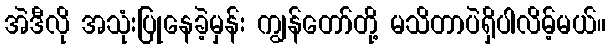
အဲဒီလို အသုံးပြုနေခဲ့မှန်း ကျွန်တော်တို့ မသိတာပဲရှိပါလိမ့်မယ်။